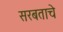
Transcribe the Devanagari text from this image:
सरबताचे